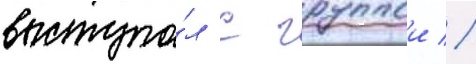
выступа́л с группои //